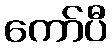
ကော်ပီ